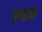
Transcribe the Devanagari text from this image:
उण्डक